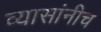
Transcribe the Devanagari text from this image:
व्यासांनीच